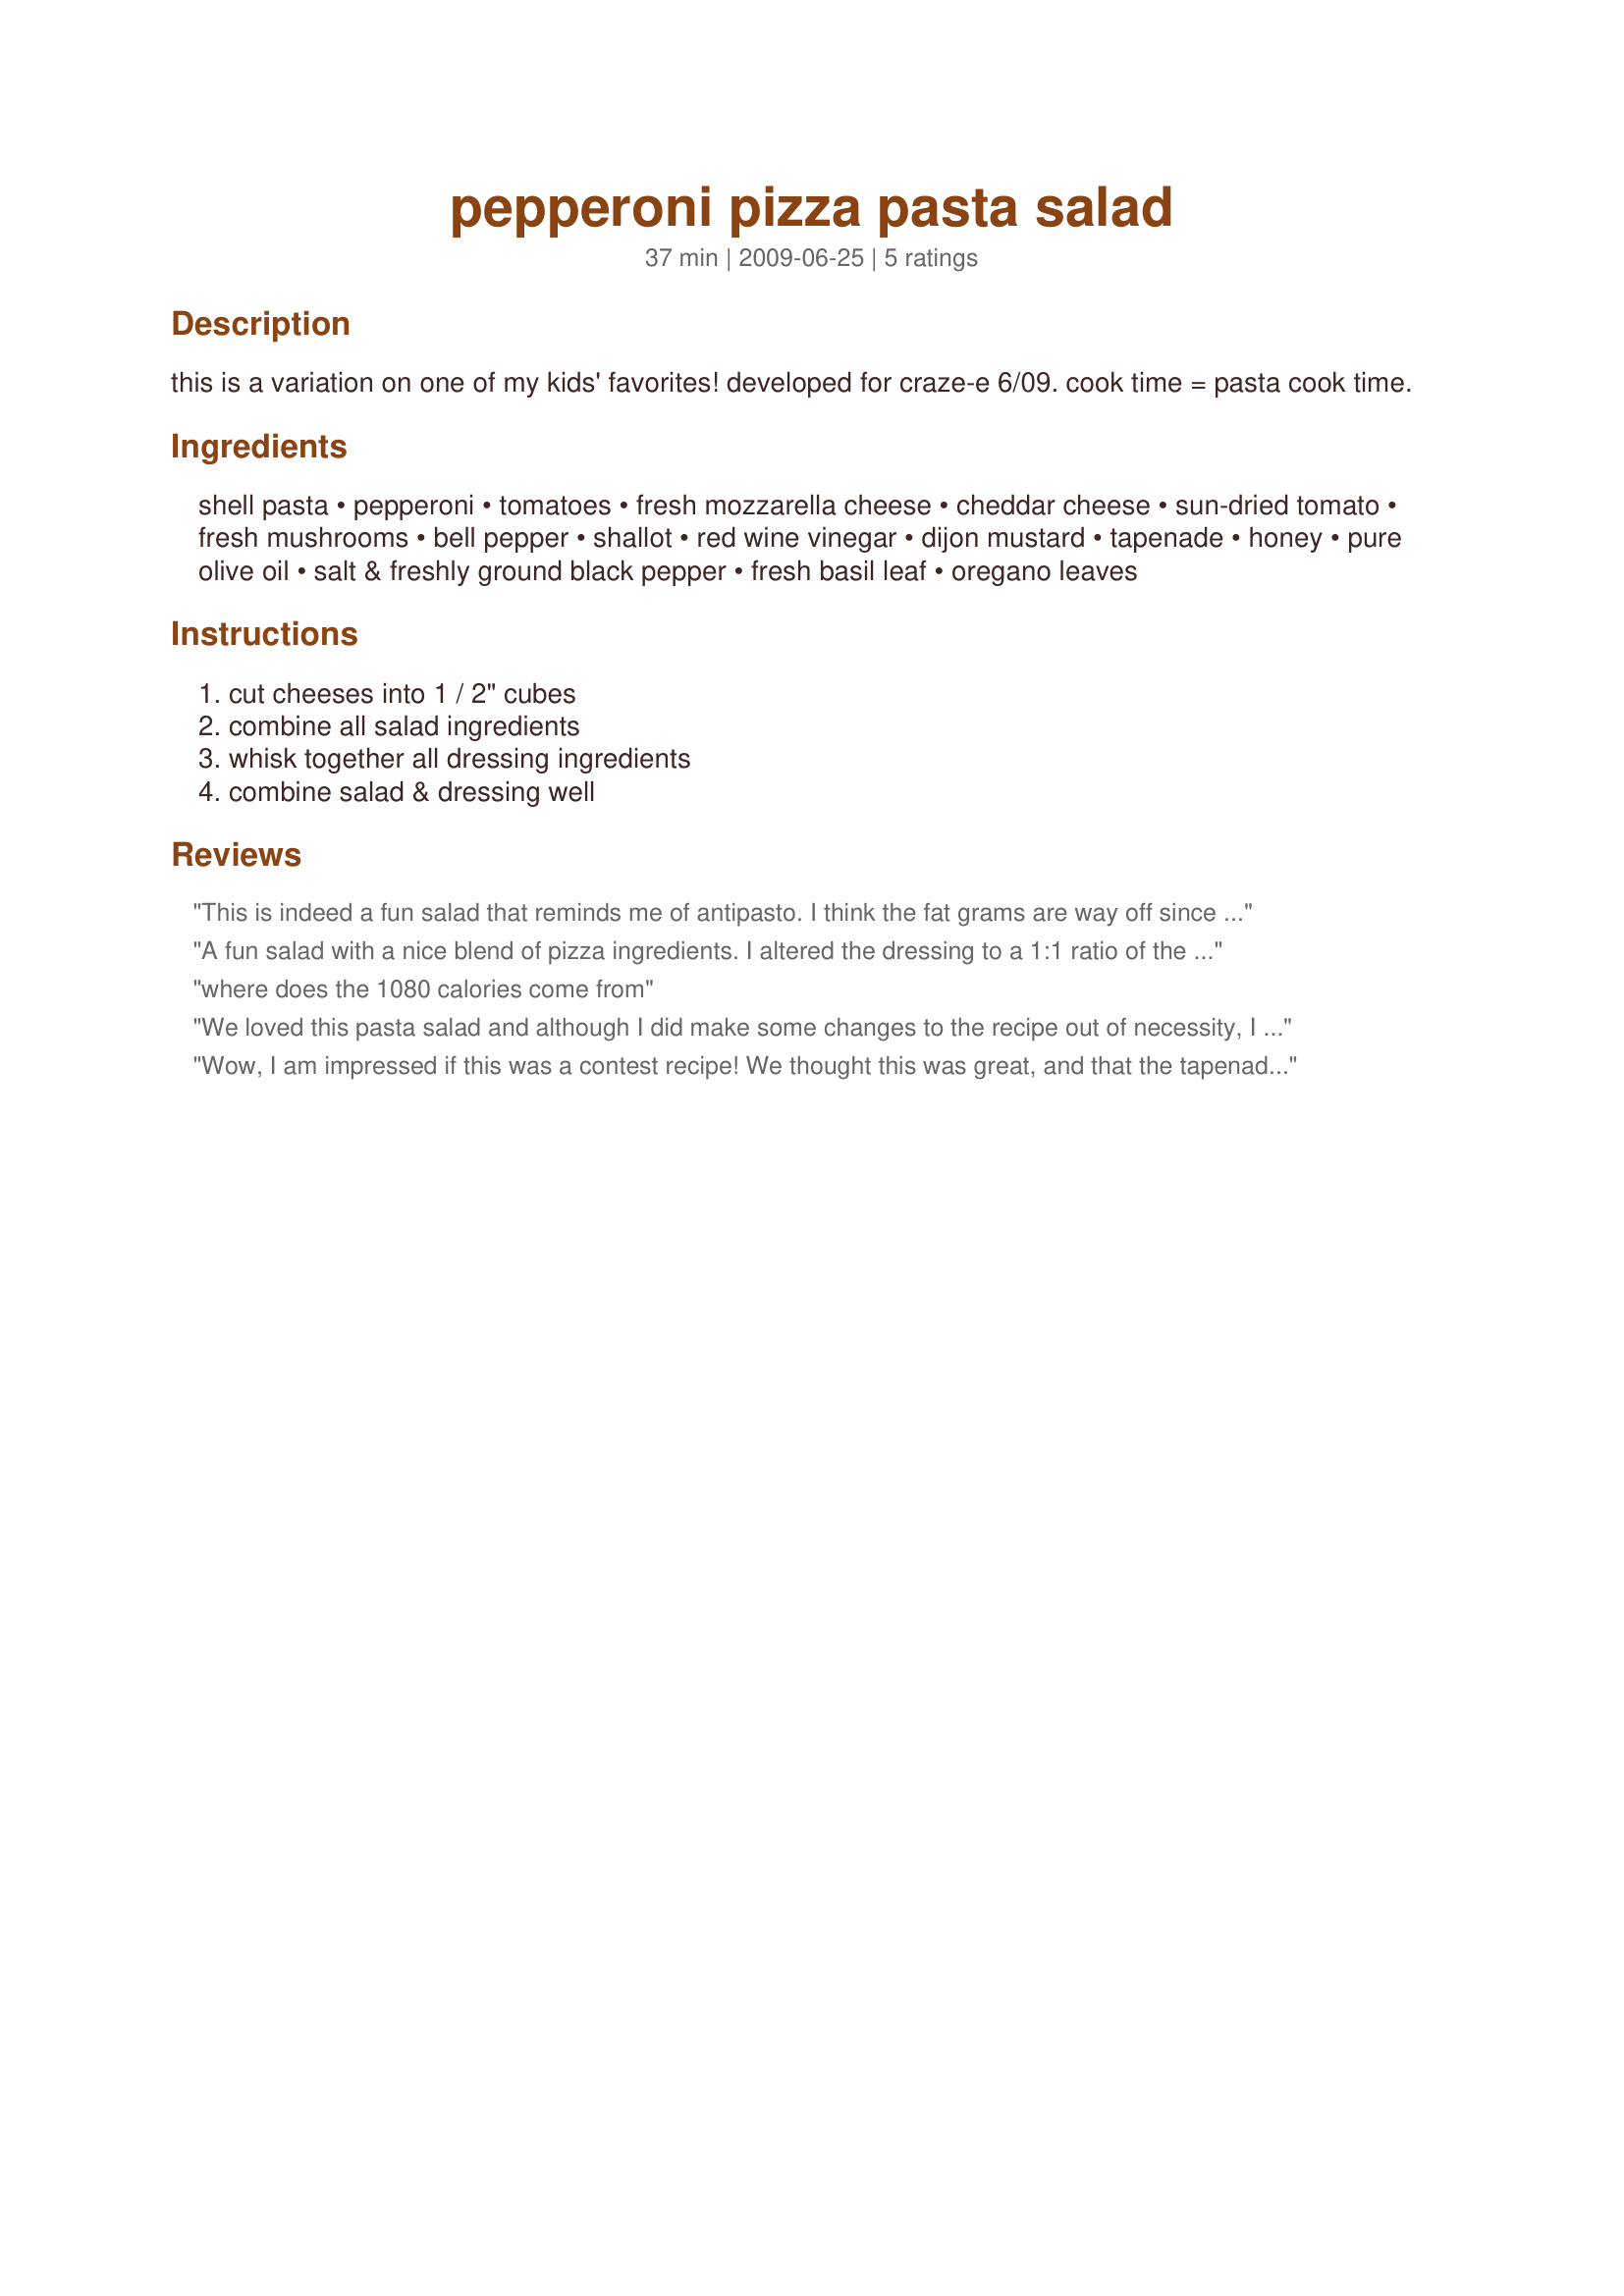
pepperoni pizza pasta salad
Preparation time: 37 minutes

this is a variation on one of my kids' favorites! developed for craze-e 6/09. cook time = pasta cook time.

Ingredients:
shell pasta, pepperoni, tomatoes, fresh mozzarella cheese, cheddar cheese, sun-dried tomato, fresh mushrooms, bell pepper, shallot, red wine vinegar, dijon mustard, tapenade, honey, pure olive oil, salt & freshly ground black pepper, fresh basil leaf, oregano leaves

Steps:
cut cheeses into 1 / 2" cubes, combine all salad ingredients, whisk together all dressing ingredients, combine salad & dressing well

Reviews:
This is indeed a fun salad that reminds me of antipasto. I think the fat grams are way off since this could serve 10 and you can easily use half the amount of dressing and pepperoni, and increase the vinegar/oil ratio as suggested. The olive dressing (I used kalamata tapenade) was amazing and I will make it on its own again. I disagree with realbirdlady and think the cheddar cubes were yummy, but would omit the sundried tomato next time.
A fun salad with a nice blend of pizza ingredients. I altered the dressing to a 1:1 ratio of the vinegar and oil. Next time, I would omit the cheddar and use all pizza cheeses, and stick with sundried tomatoes only, not the fresh.
where does the 1080 calories come from
We loved this pasta salad and although I did make some changes to the recipe out of necessity, I believe I stayed true to the recipe and flavor profile. First of all, I have to say that the dressing stands alone by itself. I make the dressing first and would love to enjoy it on a green salad any time (which I probably will do)! I used medium shell pasta and about 8 oz. of sliced pepperoni (half spicy), which I quartered. My DBF does not like fresh mozzarella (shame on him) so I used shredded instead and also used shredded cheddar. I think this blended the cheese in better thoughout the salad. Instead of 2 tomatoes, I used halved cherry tomatoes. The bell pepper I was going to use seemed less than fresh, so I had to substitute a fire-roasted red pepper, which worked out well (and added to all the red colors). This makes a LOT of pasta salad, which is great as a side dish or as a take-along lunch. I will definitely be making this keeper again! Made for Aussie/NZ Swap #66.
Wow, I am impressed if this was a contest recipe! We thought this was great, and that the tapenade really makes it. We loved that part so much that we added another 3 tablespoons! I also took the other reviewers suggestions to make this lighter and used 1/4 cup of the oil, half the meat (and used light salami at DH's request), and half the cheese. These changes worked great for us, though we thought it was still a ton of meat, and that you could do even less. We also thought the cheese could be omitted. The sundried tomatoes give this a nice tang, and the red peppers a nice crunch. To balance it we ended up adding another cup of mushrooms. All the flavors go so nicely together here. This fed 6 (like the recipe states), but I think you could easily add more pasta to stretch it to a few more people without adding more fat - or ingredients, since there is a very high ratio of them to pasta. Thank you for one of the best pasta salads we have made!
